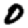
Digit: 0